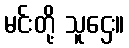
မင်းတို့ သူဌေး။